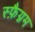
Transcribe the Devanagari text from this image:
स्फ़ैग्नम